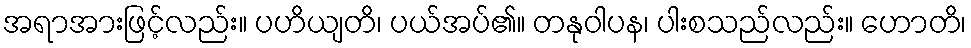
အရာအားဖြင့်လည်း။ ပဟိယျတိ၊ ပယ်အပ်၏။ တနုဝါပန၊ ပါးစသည်လည်း။ ဟောတိ၊